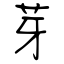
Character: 芽